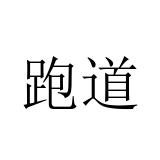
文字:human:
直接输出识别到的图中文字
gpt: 跑道